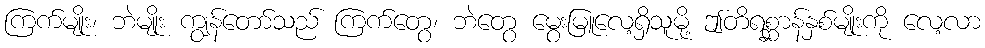
ကြက်မျိုး၊ ဘဲမျိုး ကျွန်တော်သည် ကြက်တွေ၊ ဘဲတွေ မွေးမြူလေ့ရှိသူမို့ ဤတိရစ္ဆာန်နှစ်မျိုးကို လေ့လာ